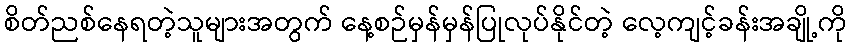
စိတ်ညစ်နေရတဲ့သူများအတွက် နေ့စဉ်မှန်မှန်ပြုလုပ်နိုင်တဲ့ လေ့ကျင့်ခန်းအချို့ကို